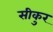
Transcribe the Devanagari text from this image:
सीकुर